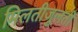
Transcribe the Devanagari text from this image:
मिलतीजुलती